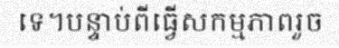
ទេ។បន្ទាប់ពីធ្វើសកម្មភាពរួច